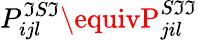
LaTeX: P_{ijl}^{\mathfrak{I}S\mathfrak{I}}\equivP_{jil}^{S\mathfrak{I}\mathfrak{I}}